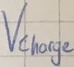
Text: Vcharge